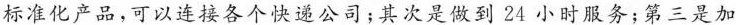
标准化产品，可以连接各个快递公司；其次是做到24小时服务；第三是加